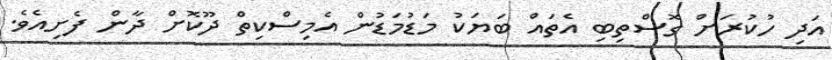
އަދި ހުކުރަށް ގޮސްތިބި އެތައް ބަޔަކު މަޑުމަޑުން އެމިސްކިތް ދޫކޮށް ދާން ފެށިއެވެ.